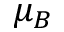
\mu _ { B }